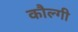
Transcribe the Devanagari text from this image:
कौल्गी